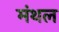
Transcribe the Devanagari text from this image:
मंथल